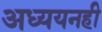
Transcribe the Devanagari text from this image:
अध्ययनही